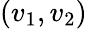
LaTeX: (v_{1},v_{2})